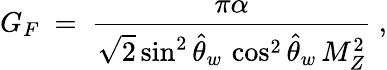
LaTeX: G_{F}\ =\ \frac{\pi\alpha}{\sqrt{2}\sin^{2}\hat{\theta}_{w}\, \cos^{2}\hat{\theta}_{w}\, M_{Z}^{2}}\ ,